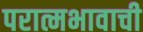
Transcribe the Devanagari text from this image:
परात्मभावाची